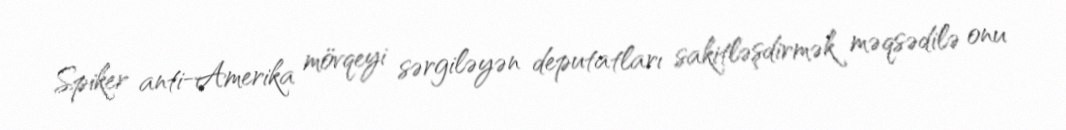
Spiker anti-Amerika mövqeyi sərgiləyən deputatları sakitləşdirmək məqsədilə onu